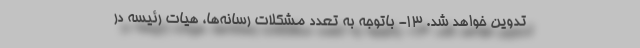
تدوین خواهد شد‌. ۱۳- باتوجه به تعدد مشکلات رسانه‌ها، هیات رئیسه در